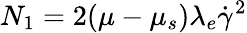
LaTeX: N_{1}=2(\mu-\mu_{s})\lambda_{e}\dot{\gamma}^{2}